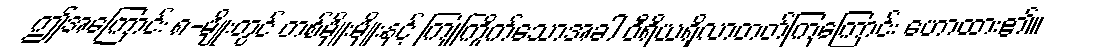
ဤအကြောင်း ၈-မျိုးတွင် တစ်မျိုးမျိုးနှင့် ကြုံကြိုက်သောအခါ ဝီရိယရှိလာတတ်ကြကြောင်း ဟောထား၏။